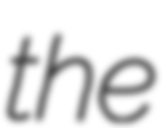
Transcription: the